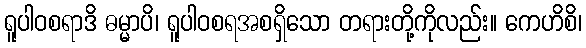
ရူပါဝစရာဒိ ဓမ္မာပိ၊ ရူပါဝစရအစရှိသော တရားတို့ကိုလည်း။ ကေဟိစိ၊